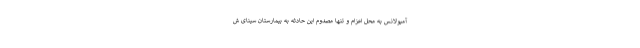
آمبولانس به محل اعزام و تنها مصدوم این حادثه به بیمارستان سینای ش